65_HS1-834228961_62-HQ-83894_Section_9
Agency: FBI
Page 6
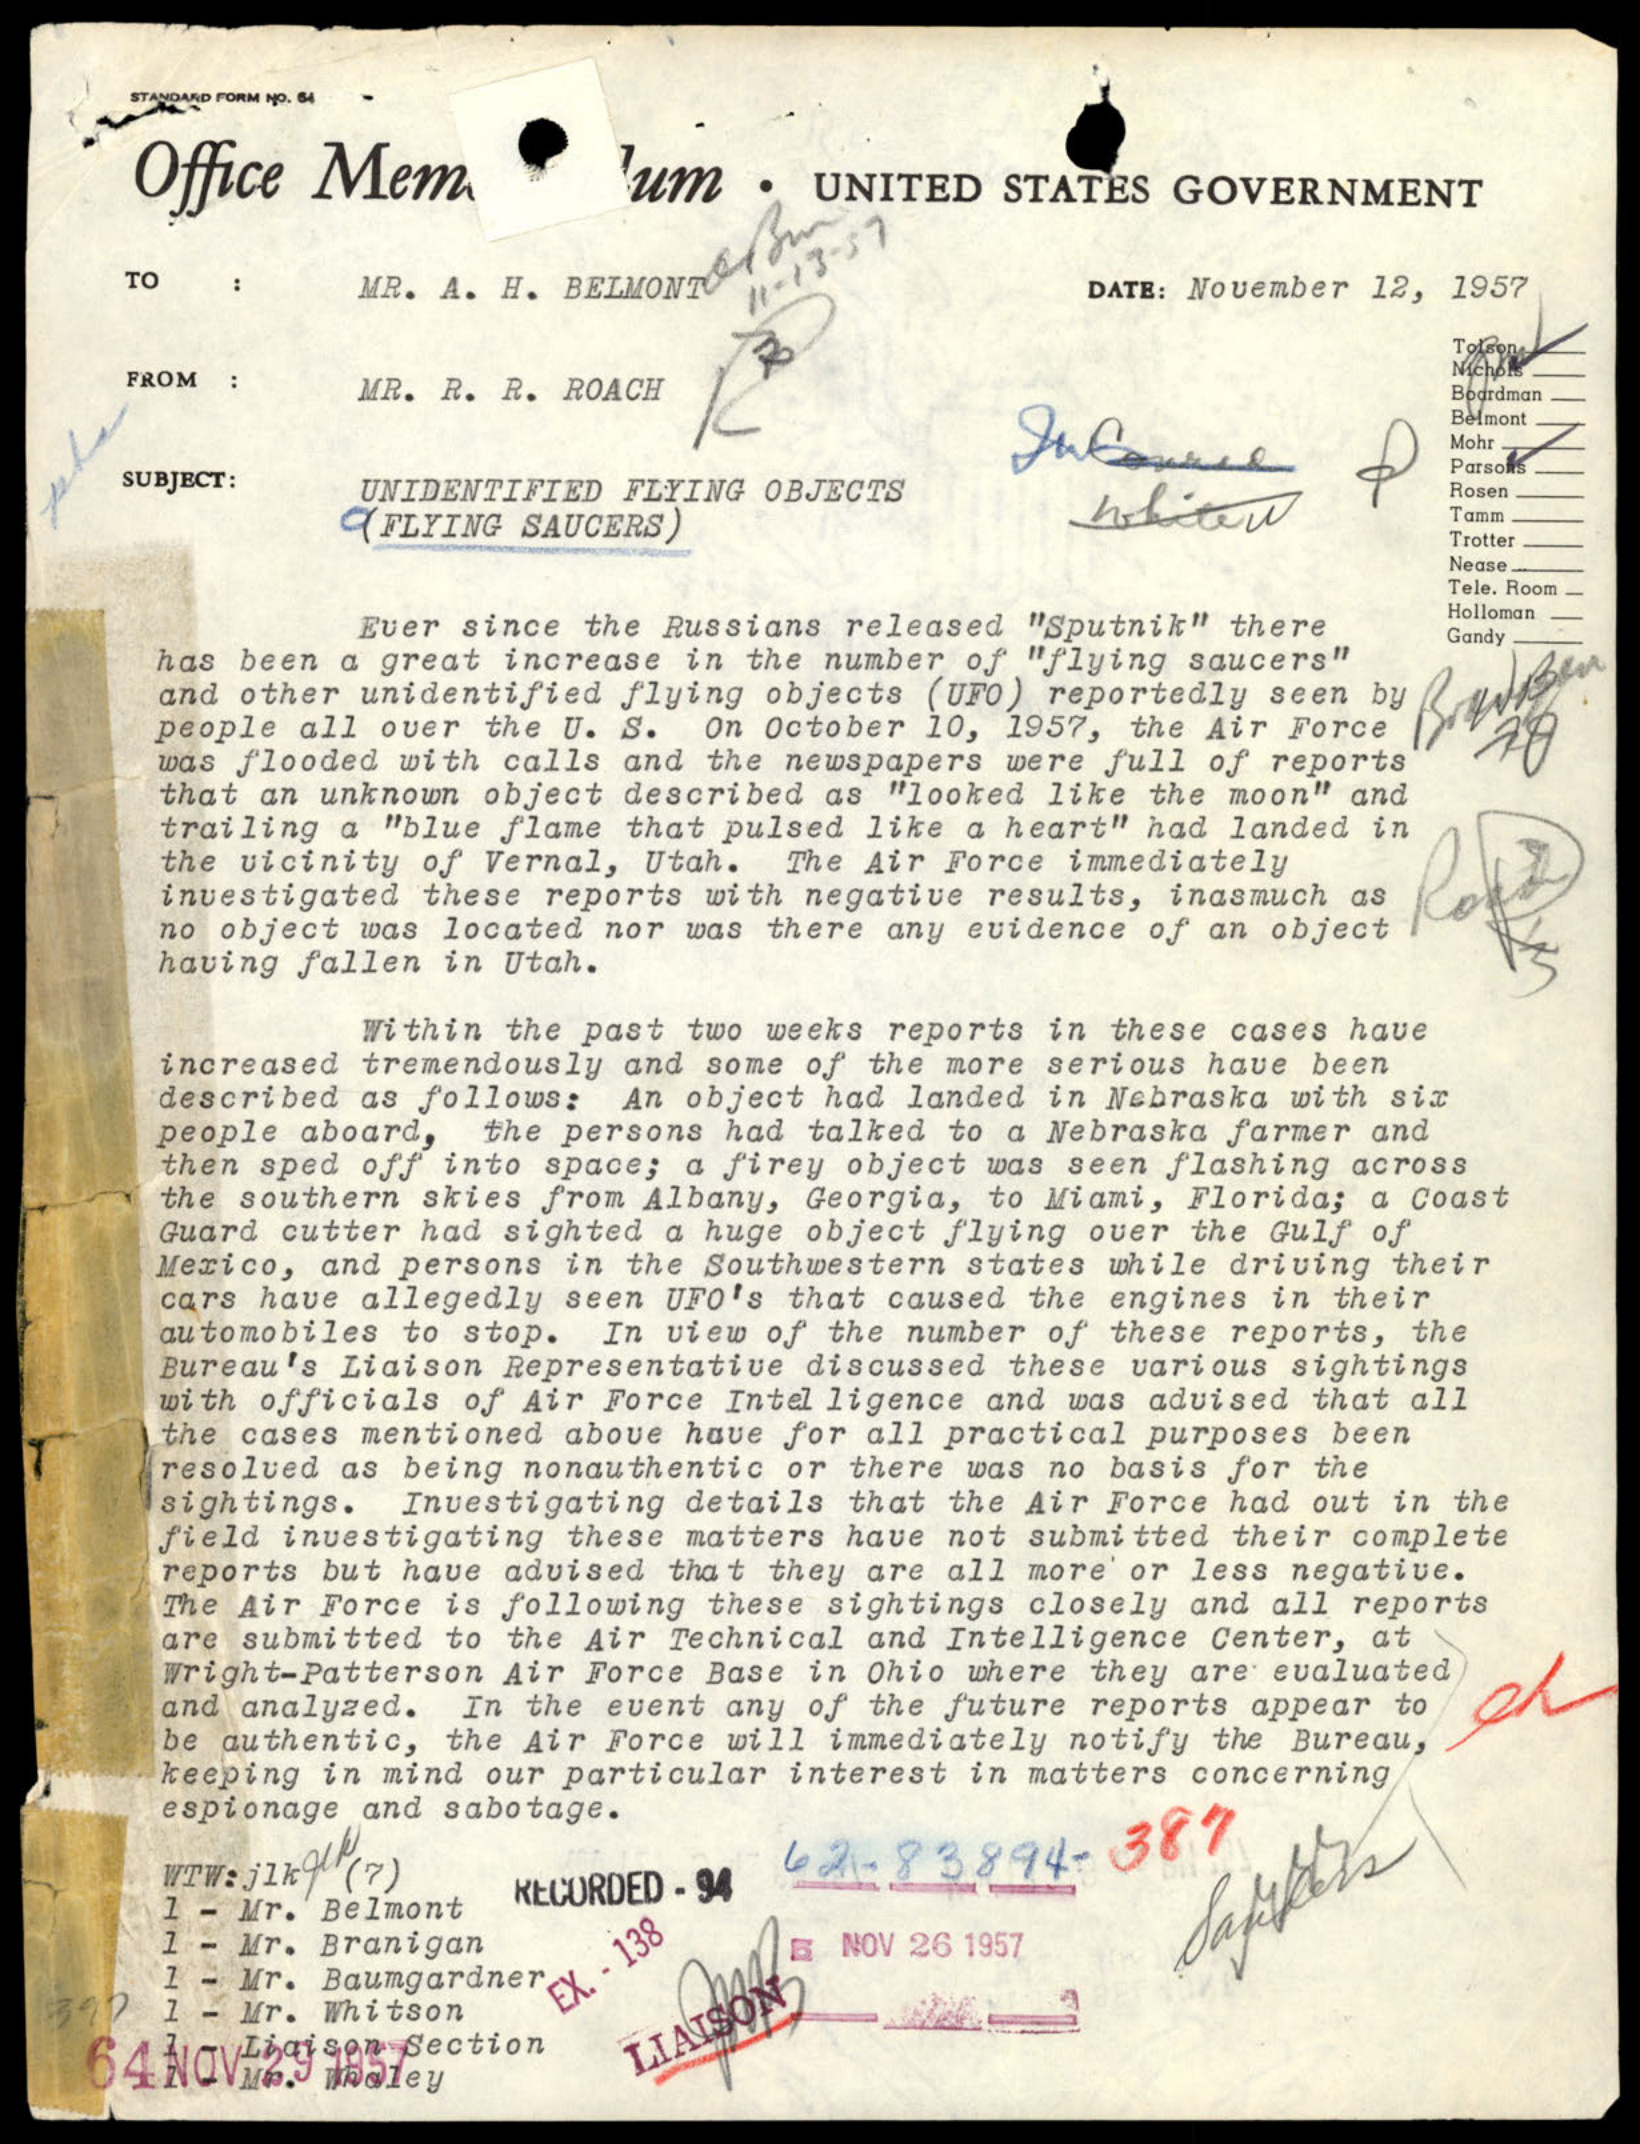